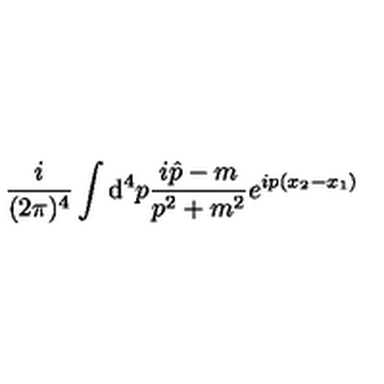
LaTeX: \frac { i } { ( 2 \pi ) ^ { 4 } } \int { \mathrm d } ^ { 4 } p \frac { i \hat { p } - m } { p ^ { 2 } + m ^ { 2 } } e ^ { i p ( x _ { 2 } - x _ { 1 } ) }